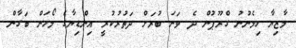
މާޒިޔާ ހިމެނުނު ގްރޫޕުން ދެ ވަނަ ބުރަށް ދަތުރުކުރީ އިންޑިޔާގެ މޯހަން ބަގާން